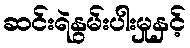
ဆင်းရဲနွမ်းပါးမှုနှင့်